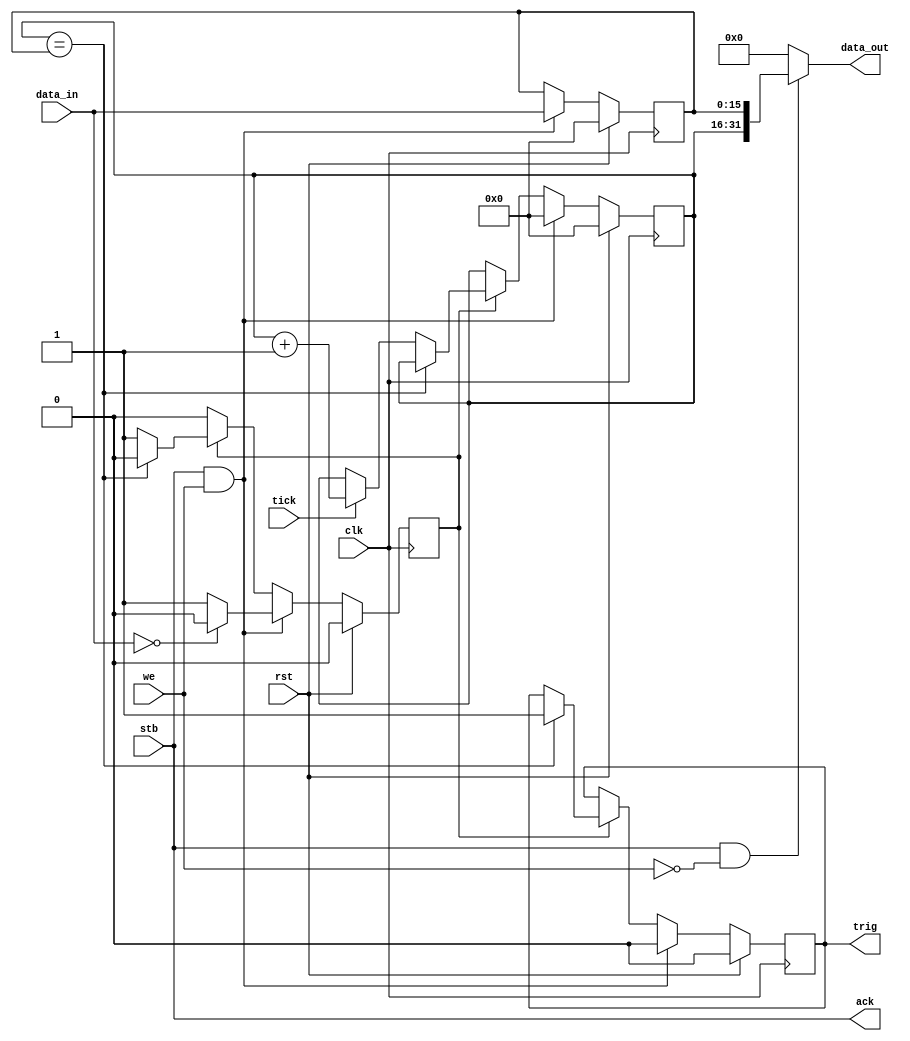
/**
  Simple watchdog
  --
  * 'trig' is set high when 'ticker' > 'timeoutval'.
  * 'ticker' is driven by 'tick', usually a one-millisecond signal.
  * The watchdog is enabled when 'timeoutval' > 0.
  * Whenever 'timeoutval' is set, 'ticker' and 'trig' get reset.
  * Note: since 'ticker' and 'timeoutval' are both 16 bits, don't set a
    'timoutval' > 2^16 - 1, else 'ticker' > 'timeoutval' will not work (roll-over).
  --
  Architecture: ANY
  Board: any
  --
  2020 - 2023 Gray, gray@grayraven.org
  https://oberon-rts.org/licences
**/

`timescale 1ns / 1ps
`default_nettype none

module watchdog (
  input wire clk,
  input wire rst,
  input wire tick,
  input wire stb,
  input wire we,
  input wire [15:0] data_in,
  output wire [31:0] data_out,
  output wire trig,
  output wire ack
);

  wire wr_data = stb & we;
  wire rd_data = stb & ~we;

  reg [15:0] timeoutval;
  reg [15:0] ticker;
  reg trigger;
  reg enable;

  always @(posedge clk) begin
    if (rst) begin
      timeoutval <= 16'b0;
      ticker <= 16'b0;
      trigger <= 1'b0;
      enable <= 1'b0;
    end
    else begin
      if (wr_data) begin
        timeoutval <= data_in[15:0];
        ticker <= 16'b0;
        trigger <= 1'b0;
        if (data_in[15:0] == 16'b0) enable <= 1'b0;
        else enable <= 1'b1;
      end
      else begin
        if (enable) begin
          if (ticker == timeoutval) begin
            trigger <= 1'b1;
//            timeoutval <= 16'b0;
//            ticker <= 16'b0;
            enable <= 1'b0;
          end
          else begin
            if (tick) begin
              ticker <= ticker + 16'b1;
            end
          end
        end
      end
    end
  end

  // outputs
  assign data_out[31:0] =
    rd_data ? {ticker, timeoutval} :
    32'b0;
  assign trig = trigger;
  assign ack = stb;

endmodule

`resetall